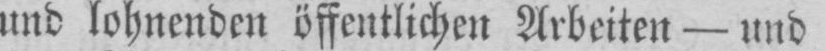
und lohnenden öffentlichen Arbeiten - und